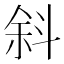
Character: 斜